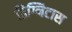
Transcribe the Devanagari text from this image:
डिग्निटास